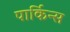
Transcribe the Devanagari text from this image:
पार्किन्स